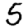
Digit: 5